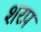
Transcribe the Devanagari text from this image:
शरप़